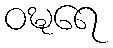
ဝဍ္ဎရေ